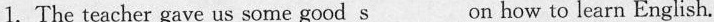
1.The teacher gave us some good\underline{s}on how to learn English.